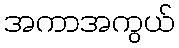
အကာအကွယ်